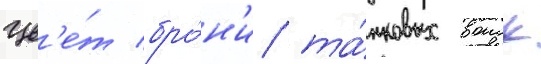
Цв'е́т бро́н'и та́нковых воиск